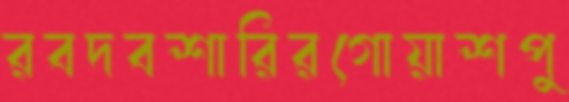
রবদবশারিরগোয়াশপু